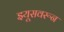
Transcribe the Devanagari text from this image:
झ्यूसवरून